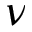
\nu